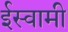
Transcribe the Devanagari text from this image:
ईस्वामी